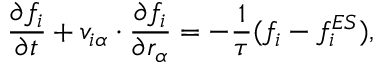
\frac { \partial f _ { i } } { \partial t } + v _ { i \alpha } \cdot \frac { \partial f _ { i } } { \partial r _ { \alpha } } = - \frac { 1 } { \tau } ( f _ { i } - f _ { i } ^ { E S } ) ,